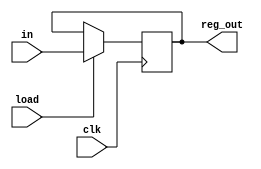
module instruction_reg(in, reg_out, load, clk);
	input [15:0]in;
	input load;
	output reg[15:0]reg_out;
	input clk;
	always @(posedge clk) begin 
		if(load == 1'b1)
			reg_out <= in;
		else
			reg_out <= reg_out;
	end
endmodule